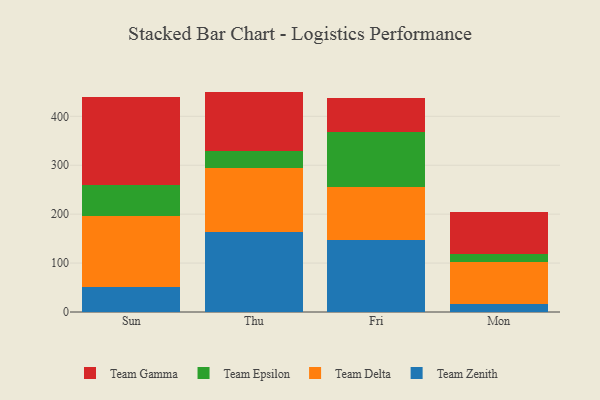
{"axis": {"x": "Day", "y": "Revenue (USD Million)"}, "legend": ["Team Delta", "Team Epsilon", "Team Gamma", "Team Zenith"], "data": [{"x": "Sun", "y": 51.6, "type": "Team Zenith"}, {"x": "Sun", "y": 144.9, "type": "Team Delta"}, {"x": "Sun", "y": 64.1, "type": "Team Epsilon"}, {"x": "Sun", "y": 179.0, "type": "Team Gamma"}, {"x": "Thu", "y": 163.0, "type": "Team Zenith"}, {"x": "Thu", "y": 131.8, "type": "Team Delta"}, {"x": "Thu", "y": 35.0, "type": "Team Epsilon"}, {"x": "Thu", "y": 120.7, "type": "Team Gamma"}, {"x": "Fri", "y": 148.1, "type": "Team Zenith"}, {"x": "Fri", "y": 108.4, "type": "Team Delta"}, {"x": "Fri", "y": 111.0, "type": "Team Epsilon"}, {"x": "Fri", "y": 70.2, "type": "Team Gamma"}, {"x": "Mon", "y": 15.8, "type": "Team Zenith"}, {"x": "Mon", "y": 86.0, "type": "Team Delta"}, {"x": "Mon", "y": 16.3, "type": "Team Epsilon"}, {"x": "Mon", "y": 87.2, "type": "Team Gamma"}]}